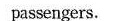
passengers.